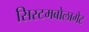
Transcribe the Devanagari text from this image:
सिस्टमबोलागेट